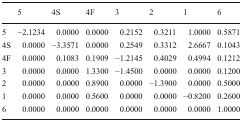
<table><thead><tr><td></td><td><b>5</b></td><td><b>4S</b></td><td><b>4F</b></td><td><b>3</b></td><td><b>2</b></td><td><b>1</b></td><td><b>6</b></td></tr></thead><tbody><tr><td>5</td><td>−2.1234</td><td>0.0000</td><td>0.0000</td><td>0.2152</td><td>0.3211</td><td>1.0000</td><td>0.5871</td></tr><tr><td>4S</td><td>0.0000</td><td>−3.3571</td><td>0.0000</td><td>0.2549</td><td>0.3312</td><td>2.6667</td><td>0.1043</td></tr><tr><td>4F</td><td>0.0000</td><td>0.1083</td><td>0.1909</td><td>−1.2145</td><td>0.4029</td><td>0.4994</td><td>0.1212</td></tr><tr><td>3</td><td>0.0000</td><td>0.0000</td><td>1.3300</td><td>−1.4500</td><td>0.0000</td><td>0.0000</td><td>0.1200</td></tr><tr><td>2</td><td>0.0000</td><td>0.0000</td><td>0.8900</td><td>0.0000</td><td>−1.3900</td><td>0.0000</td><td>0.5000</td></tr><tr><td>1</td><td>0.0000</td><td>0.0000</td><td>0.5600</td><td>0.0000</td><td>0.0000</td><td>−0.8200</td><td>0.2600</td></tr><tr><td>6</td><td>0.0000</td><td>0.0000</td><td>0.0000</td><td>0.0000</td><td>0.0000</td><td>0.0000</td><td>1.0000</td></tr></tbody></table>